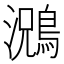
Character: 𮭃